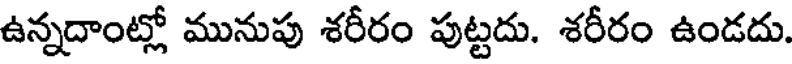
ఉన్నదాంట్లో మునుపు శరీరం పుట్టదు. శరీరం ఉండదు.